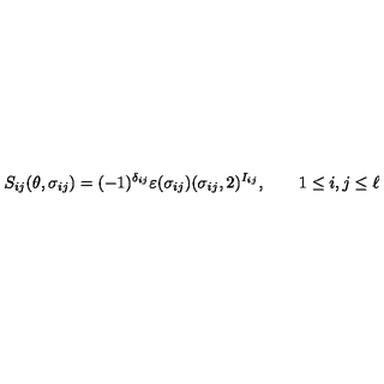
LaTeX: S _ { i j } ( \theta , \sigma _ { i j } ) = ( - 1 ) ^ { \delta _ { i j } } \varepsilon ( \sigma _ { i j } ) ( \sigma _ { i j } , 2 ) ^ { I _ { i j } } , \qquad 1 \leq i , j \leq \ell